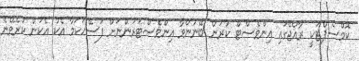
ކޮމްސެޕްޓަކީ ރާއްޖޭގައި އިންވެސްޓް ކުރަން ބޭނުންވާ އިންވެސްޓަރުންނަށް ފަސޭހަކަމާ އެކު އެކަން ކުރެވޭނެ